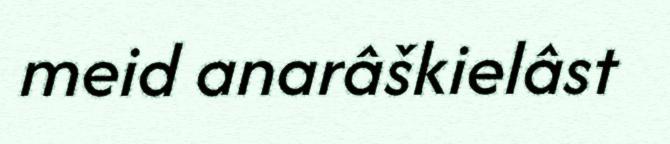
meid anarâškielâst